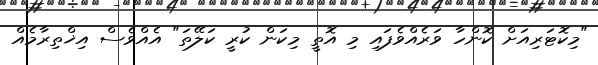
"މިކޮޓަރިއަށް ކޮންހާ ވަރެއްވެފައި މި އޮތީ މިކަން ކުރީ ކަލޭތަ" އެއްވެސް އިޚްތިރާމެއް